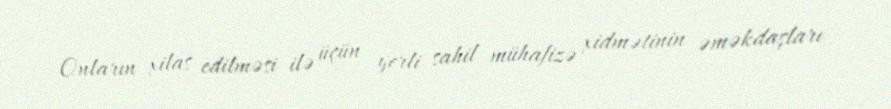
Onların xilas edilməsi ilə üçün yerli sahil mühafizə xidmətinin əməkdaşları